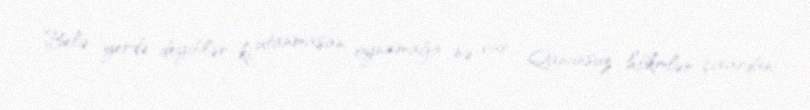
Belə yerdə deyiblər ki, utanmasan oynamağa nə var... Qanunsuz hökmlər çıxardan,